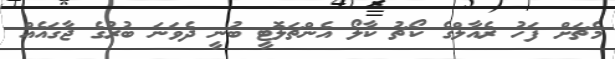
މެޗަށް ފަހު ރެއާލްގެ ކޯޗު ކާލޯ އެންޗަލޮޓީ ބުނީ ދެވަނަ ބުރުގެ ޖާގައެއް